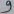
Text: 9